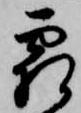
霜